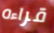
قراءه